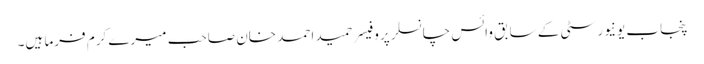
پنجاب یونیورسٹی کے سابق وائس چانسلر پروفیسر حمید احمد خان صاحب میرے کرم فرما ہیں۔